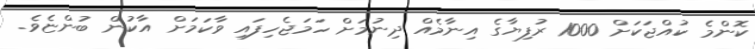
ކޮންމެ ކުއްޖަކަށް 1000 ރުފިޔާގެ އިނާމެއް ދިނުމަށް ހަމަޖެހިފައި ވާކަމަށް އާކުން ބުންޏެވެ.